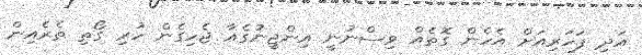
އަދި ފަހަރިއަށް އެހެން ގޮތެއް ވިސްނުނީ އިންޖީނުގެއާ ޖެހިގެން ހުރި ގޯތި ތެރެއިން